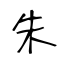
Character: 朱